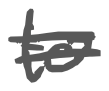
Text: to
Cross-out: double-line
Writing tool: digital_gray